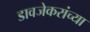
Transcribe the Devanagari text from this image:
डावजेकरांच्या